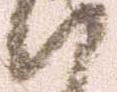
い